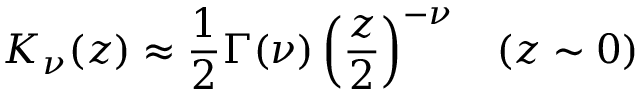
K _ { \nu } ( z ) \approx \frac { 1 } { 2 } \Gamma ( \nu ) \left( \frac { z } { 2 } \right) ^ { - \nu } \; \; \; ( z \sim 0 )